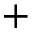
^ +